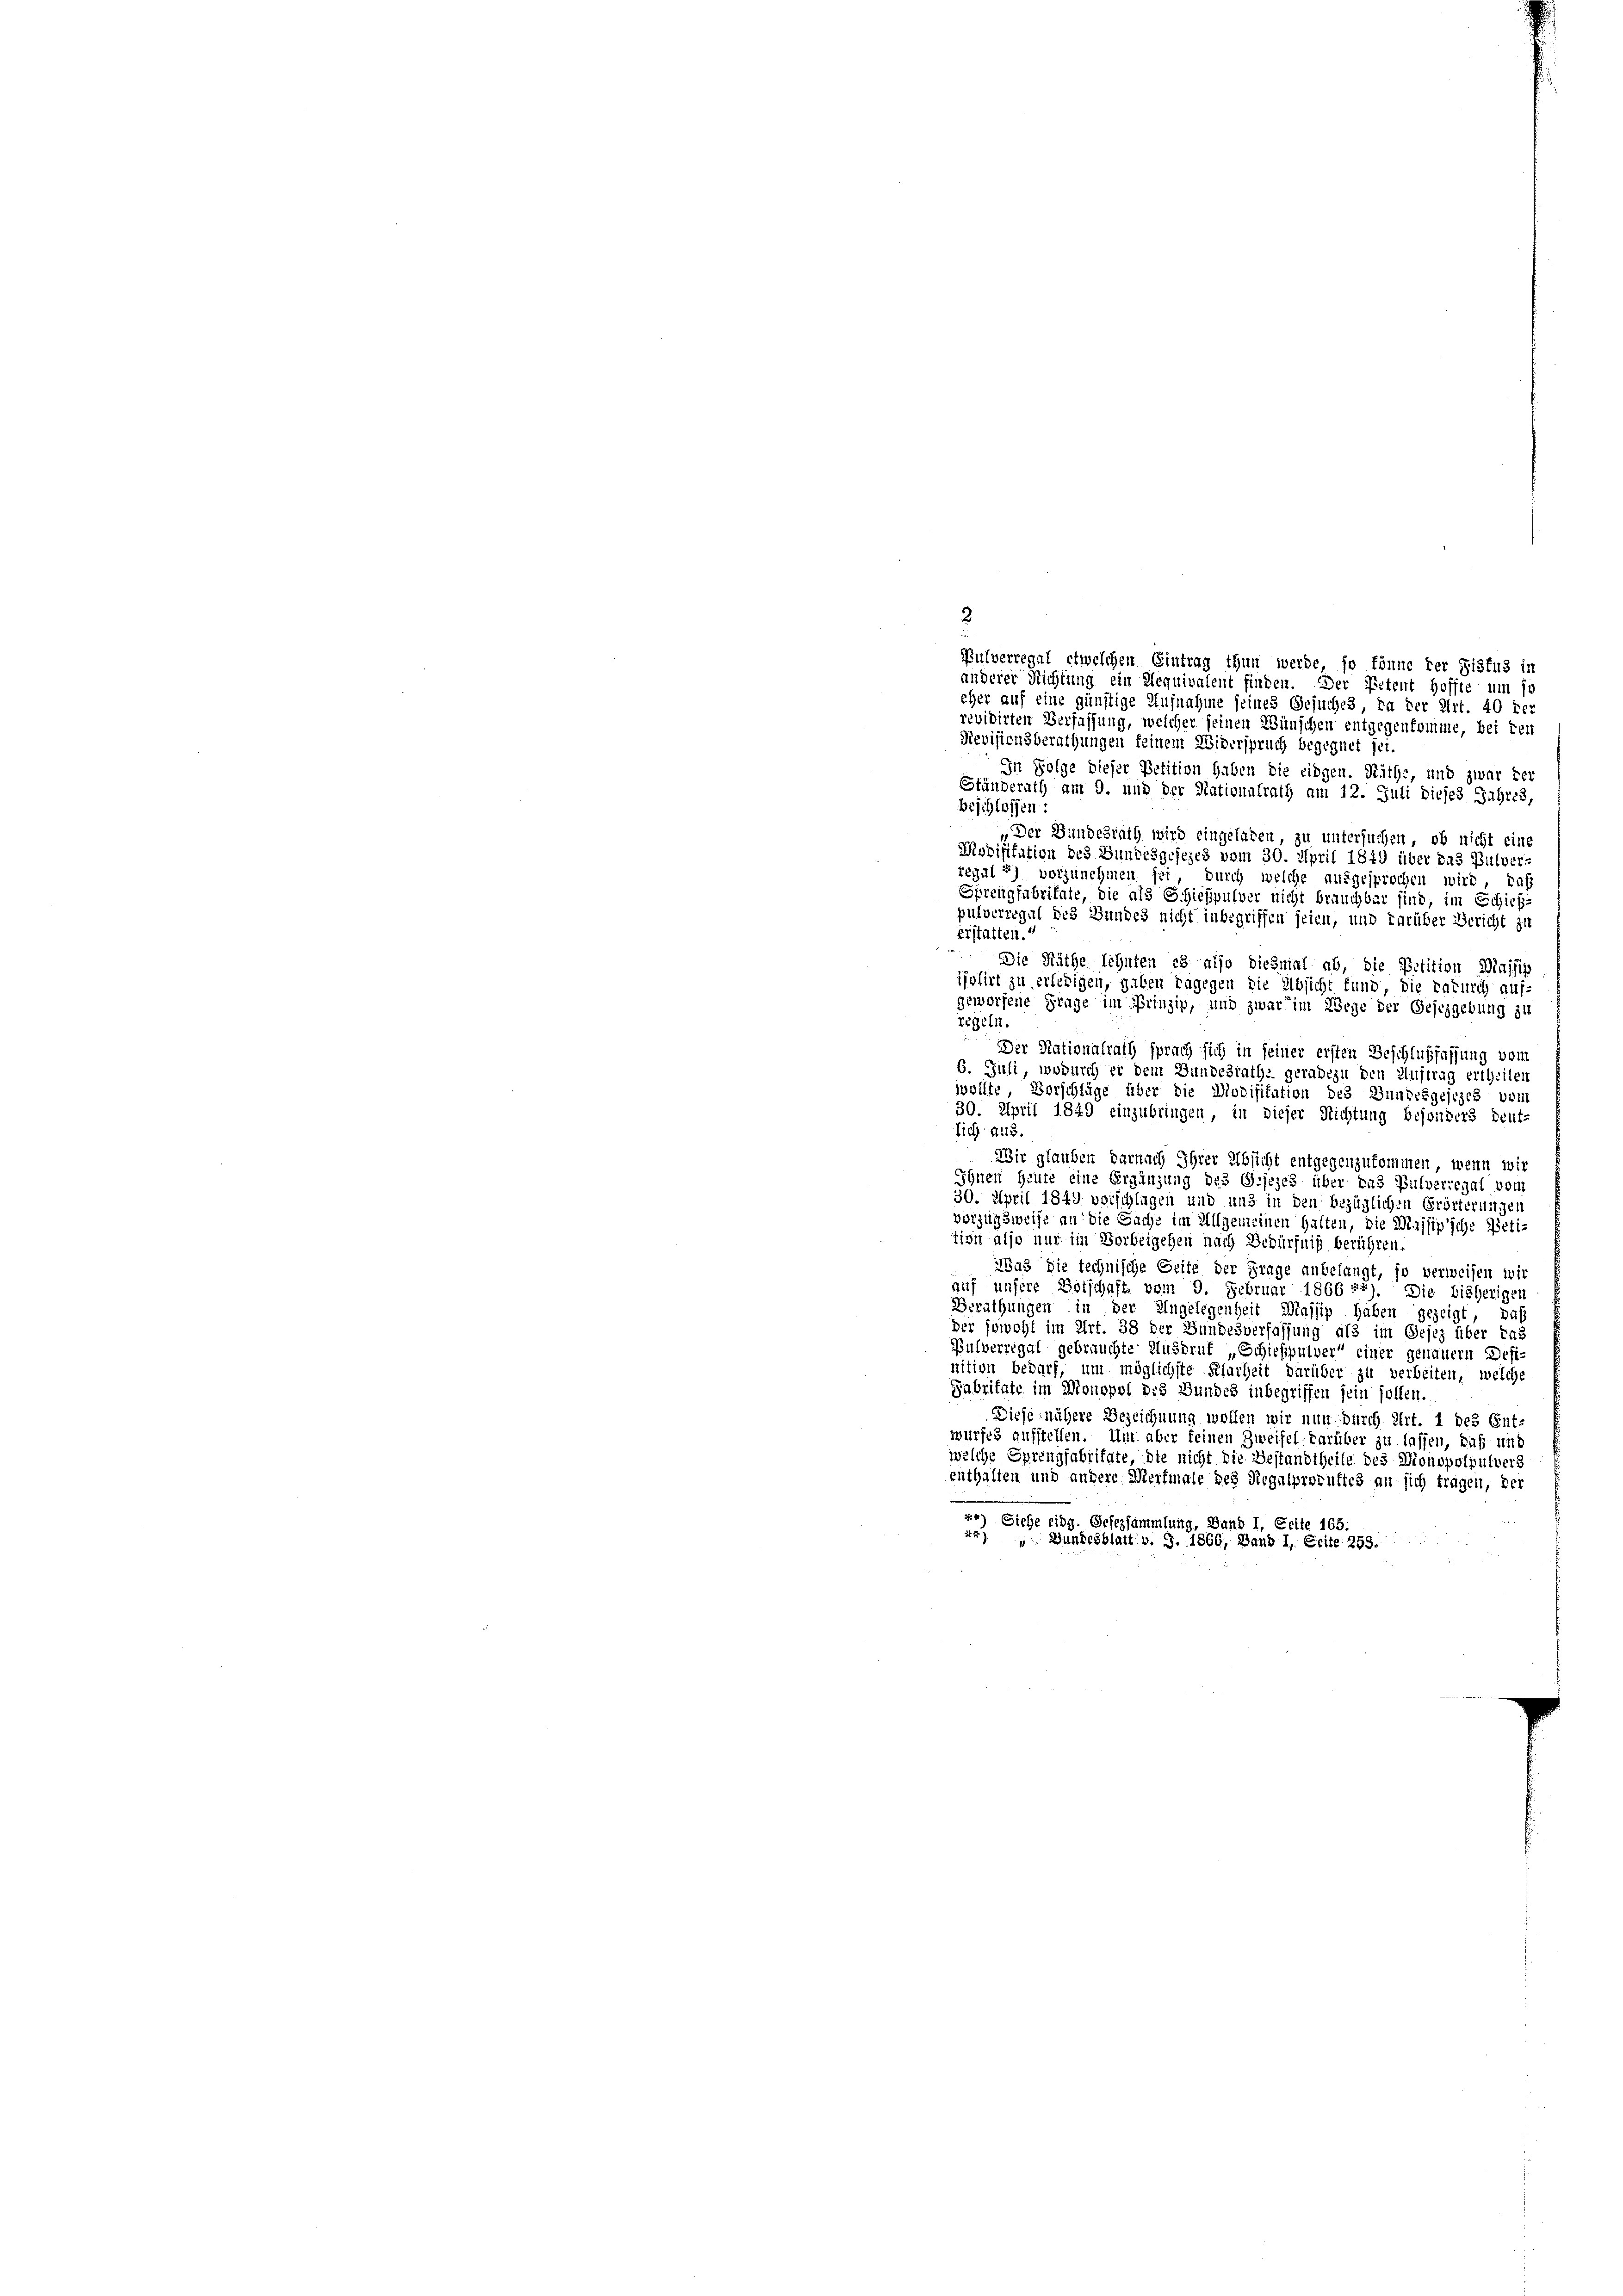
revidirten Verfassung, welcher seinen Wünschen entgegenkomme, bei den
Revisionsberathungen feinem Widerspruch begegnet sei.
In Folge dieser Petition haben die eidgen. Räthe, und zwar der
Ständerath am 9. und der Nationalrath am 12. Juli diejes Jahres,
beschlossen:
Der Bundesrath wird eingeladen, zu untersuchen, ob nicht eine
erstatten.
Die Räthe lehnten es also diesmal ab, die Petition Massig
isolirt zu erledigen, gaben dagegen die Absicht fund, die Paruch auf-
geworfene Frage im Prinzip, und zwar im Wege der Gestzgebung zu
regeln.
Der Nationalrath sprach sich in seiner ersten Beschlußfassung vom
6. Juli, wodurch er dem Bundesrathe geradezu den Auftrag ertheilen
wollte, Vorschläge über die Modifikation des Bundesgesezes vom
30. April 1849 einzubringen, in dieser Richtung besonders deut-
lich aus.
Wir glauben darnach Ihrer Absicht entgegenzukommen, wenn wir
Ihnen Heute eine Ergänzung des Gesezes über das Pulverregal vom
30. April 1843 vorschlagen und und in den bezüglichen Erörterungen
vorzugsweise an die Sache im Allgemeinen halten, die Majsip’sche Petitien also nur im Vorbeigehen nach Bedürfniß berühren.
Was die technische Seite der Frage anbelangt, so verweisen wir
auf unsere Botschaft vom 9. Februar 1866 27). Die bisherigen
Grrathungen in der Ungelegenheit Majsip haben gezeigt, daß
der sowohl im Art. 38 der Bundesverfassung als im Gesez über das
Bulverregal gebrauchte Ausdruk „Schießpulver“ einer genauern Defi-
nition bedarf, um möglichste Klarheit darüber zu verbeiten, welche
Fabritate im Monopol des Bundes inbegriffen sein sollen.
Diese nähere Bezeichnung wollen wir nun durch Art. 1 des Ent-
wurfes aufstellen. Um aber feinen Zweifel. darüber zu lassen, daß und
welche Sprengfabritate, die nicht die Bestandtheile des Monopolpulvers
enthalten und andere Merfinale des Regalprokuftes an sich tragen, der
.
x) Siehe eidg. Gesetzsammlung, Band I, Seite 165:
ux) Wunschblatt b. S. 1866, Band I, Seite 259.

2

Modifikation des Bundesgesezes vom 30. April 1849 über das Pulver-
regal 2) vorzunehmen sei, durch welche ausgesprochen wird, daß
Sprengfabritate, die als Schießpulver nicht brauchbar sind, im Schich-
pulverregal des Bundes nicht inbegriffen seien, und darüber Bericht zu

Pulverregal etwelchen Eintrag thun werde, so könne der Sistus in
anderer Richtung ein Requivalent finden. Der Petent hoffte um so
eher auf eine günstige Ausnahme seines Gesuches da der Art. 40 der